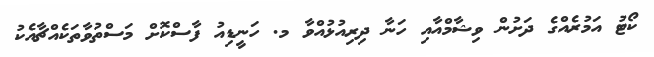
ކޯޓު އަމުރެއްގެ ދަށުން ވިޝާމްއާއި ހަނާ ދިރިއުޅުއްވާ މ. ހަނީޑިއު ފާސްކޮށް މަސްތުވާތަކެއްޗާއެކު